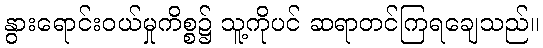
နွားရောင်းဝယ်မှုကိစ္စ၌ သူ့ကိုပင် ဆရာတင်ကြရချေသည်။